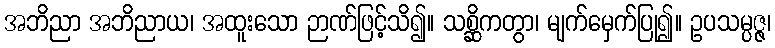
အဘိညာ အဘိညာယ၊ အထူးသော ဉာဏ်ဖြင့်သိ၍။ သစ္ဆိကတွာ၊ မျက်မှေက်ပြု၍။ ဥပသမ္ပဇ္ဇ၊